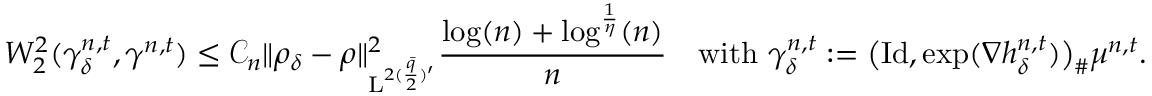
W _ { 2 } ^ { 2 } ( \gamma _ { \delta } ^ { n , t } , \gamma ^ { n , t } ) \leq \mathcal { C } _ { n } \| \rho _ { \delta } - \rho \| _ { \mathrm { L } ^ { 2 ( \frac { \bar { q } } { 2 } ) ^ { \prime } } } ^ { 2 } \frac { \log ( n ) + \log ^ { \frac { 1 } { \eta } } ( n ) } { n } \quad \mathrm { w i t h ~ } \gamma _ { \delta } ^ { n , t } : = \big ( \mathrm { I d } , \exp ( \nabla h _ { \delta } ^ { n , t } ) \big ) _ { \# } \mu ^ { n , t } .